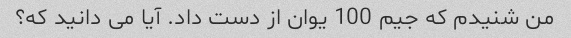
من شنیدم که جیم 100 یوان از دست داد. آیا می دانید که؟